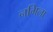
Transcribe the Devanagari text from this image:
नगिला